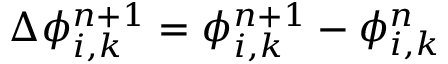
\Delta \phi _ { i , k } ^ { n + 1 } = \phi _ { i , k } ^ { n + 1 } - \phi _ { i , k } ^ { n }